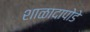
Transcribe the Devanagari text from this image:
शाळादापोडे